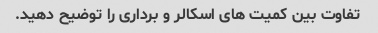
تفاوت بین کمیت های اسکالر و برداری را توضیح دهید.